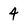
Character: 4